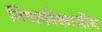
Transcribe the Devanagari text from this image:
नियतविकासीय